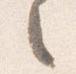
之